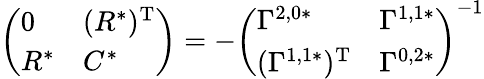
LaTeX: \left(\begin{array}{ll}{0}&{(R^{*})^{\mathrm{T}}}\\ {R^{*}}&{C^{*}}\end{array}\right)=-\left(\begin{array}{ll}{\Gamma^{2,0*}}&{\Gamma^{1,1*}}\\ {(\Gamma^{1,1*})^{\mathrm{T}}}&{\Gamma^{0,2*}}\end{array}\right)^{-1}